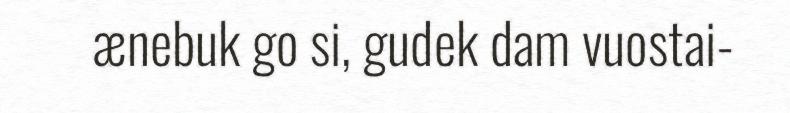
ænebuk go si, gudek dam vuostai-